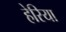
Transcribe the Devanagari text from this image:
हेरिया